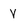
Character: V